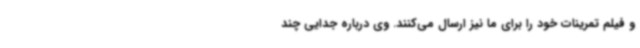
و فیلم تمرینات خود را برای ما نیز ارسال می‌کنند. وی درباره جدایی چند